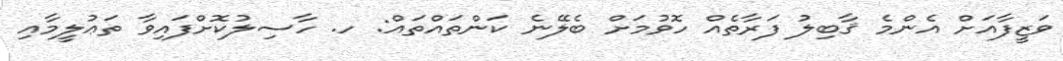
ވަޒީފާއަށް އެންމެ ޤާބިލު ފަރާތެއް ހޮވުމަށް ބެލޭނެ ކަންތައްތައް: ހ. ހާސިލުކޮށްފައިވާ ތަޢުލީމާއި